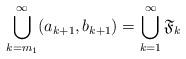
LaTeX: \begin{align*}\bigcup_{k=m_1}^{\infty}(a_{k+1}, b_{k+1})=\bigcup_{k=1}^{\infty}\mathfrak F_{k}\end{align*}